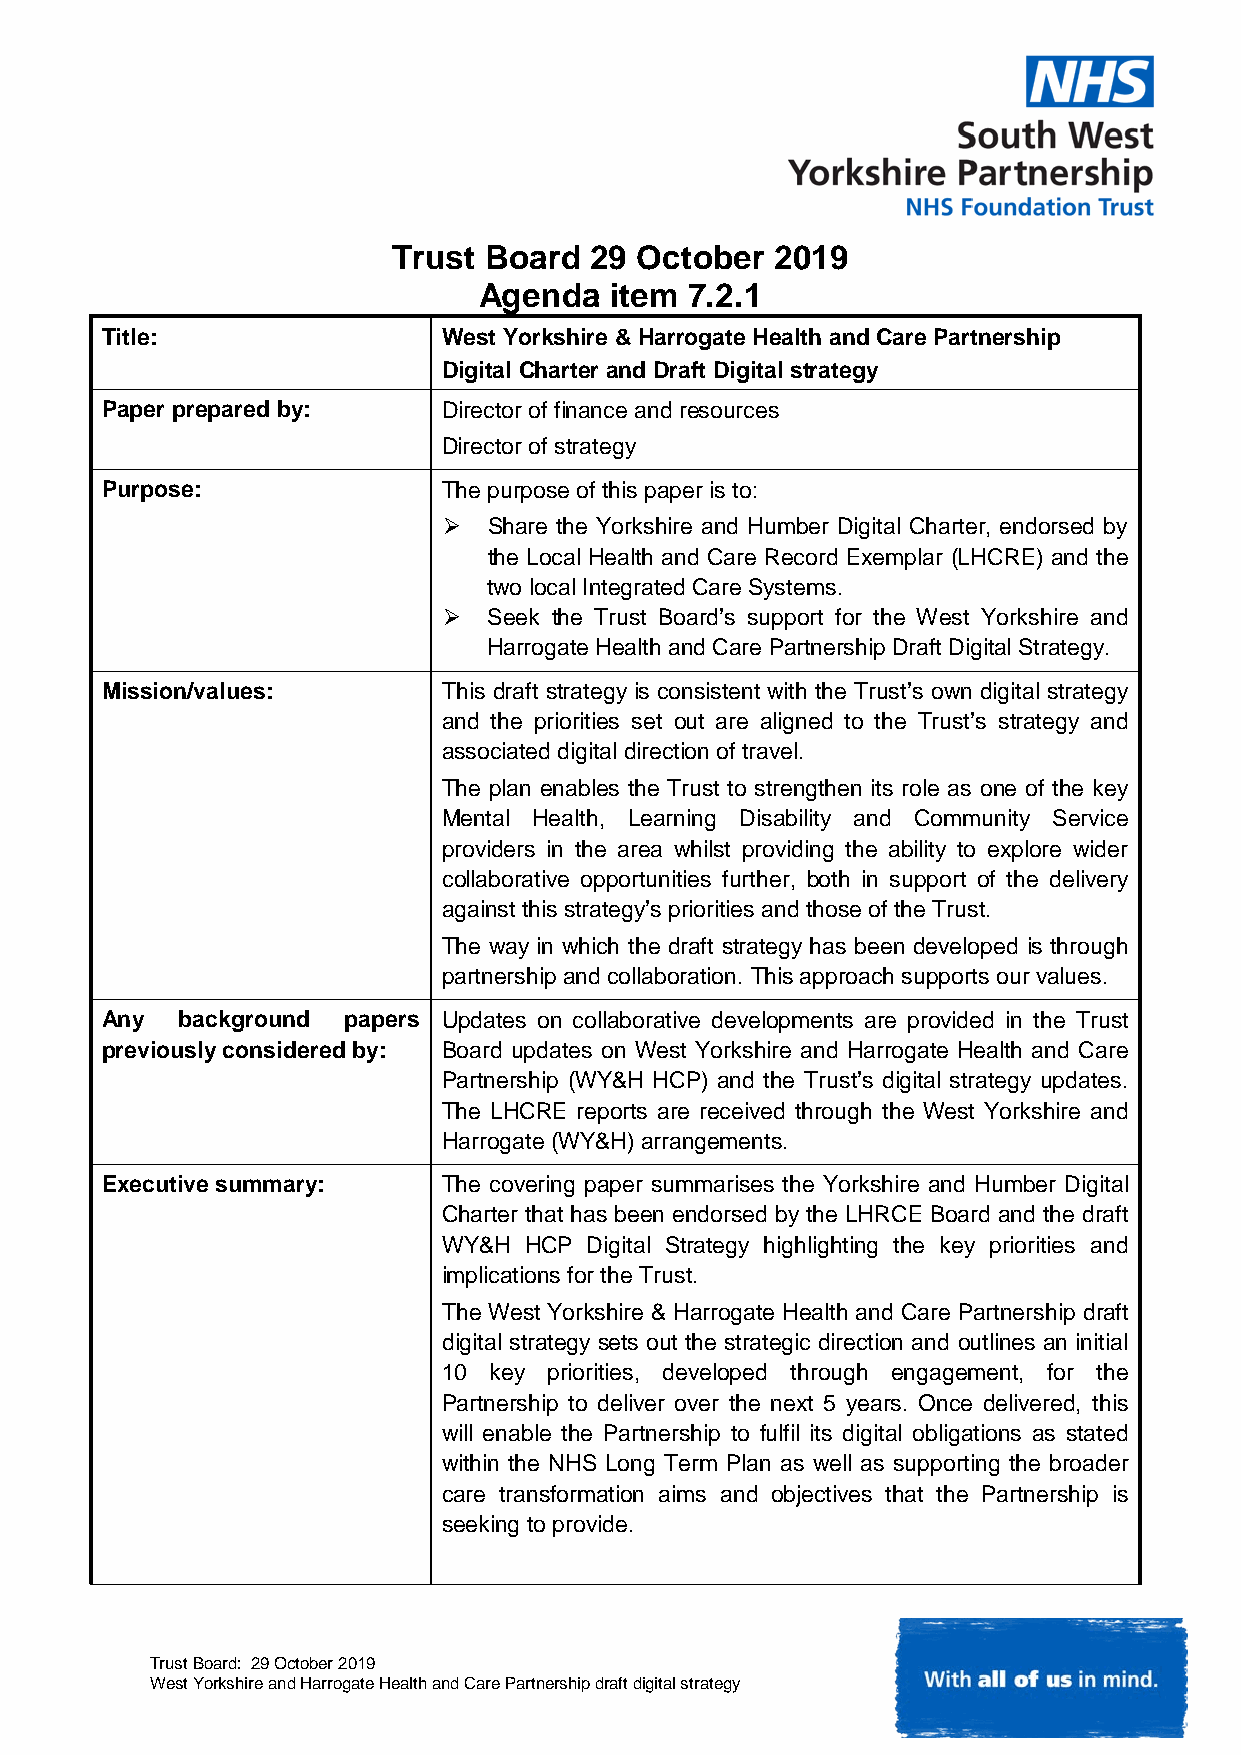
Trust Board  29 October  2019
 Agenda  item  7.2.1
 Title:                West Yorkshire & Harrogate Health and Care Partnership
 Digital Charter and Draft Digital strategy
 Paper prepared by:    Director of finance and resources
 Director of strategy
 Purpose:              The purpose of this paper is to:
   Share the Yorkshire and Humber Digital Charter, endorsed by
 the Local Health and Care Record Exemplar (LHCRE) and the
 two local Integrated Care Systems.
   Seek the Trust Board’s support for the West Yorkshire and
 Harrogate Health and Care Partnership Draft Digital Strategy.
 Mission/values:       This draft strategy is consistent with the Trust’s own digital strategy
 and the priorities set out are aligned to the Trust’s strategy and
 associated digital direction of travel.
 The plan enables the Trust to strengthen its role as one of the key
 Mental Health, Learning Disability and Community Service
 providers in the area whilst providing the ability to explore wider
 collaborative opportunities further, both in support of the delivery
 against this strategy’s priorities and those of the Trust.
 The way in which the draft strategy has been developed is through
 partnership and collaboration. This approach supports our values.
 Any  background papers Updates on collaborative developments are provided in the Trust
 previously considered by: Board updates on West Yorkshire and Harrogate Health and Care
 Partnership (WY&H HCP) and the Trust’s digital strategy updates.
 The LHCRE reports are received through the West Yorkshire and
 Harrogate (WY&H) arrangements.
 Executive summary:    The covering paper summarises the Yorkshire and Humber Digital
 Charter that has been endorsed by the LHRCE Board and the draft
 WY&H  HCP Digital Strategy highlighting the key priorities and
 implications for the Trust.
 The West Yorkshire & Harrogate Health and Care Partnership draft
 digital strategy sets out the strategic direction and outlines an initial
 10 key priorities, developed through engagement, for the
 Partnership to deliver over the next 5 years. Once delivered, this
 will enable the Partnership to fulfil its digital obligations as stated
 within the NHS Long Term Plan as well as supporting the broader
 care transformation aims and objectives that the Partnership is
 seeking to provide.
 Trust Board: 29 October 2019
 West Yorkshire and Harrogate Health and Care Partnership draft digital strategy